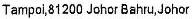
TAMPOI,81200 JOHOR BAHRU,JOHOR